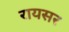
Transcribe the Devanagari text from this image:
रायसर